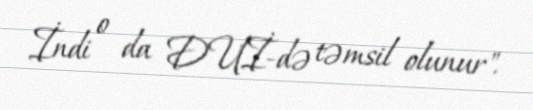
İndi o da DUİ-də təmsil olunur".